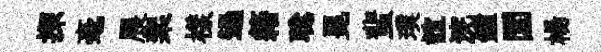
探毫展棐樣過籍聪冕蜚璞誼浣鐘圜楊